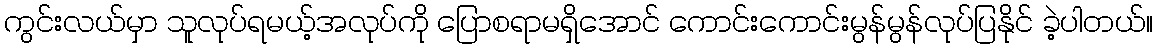
ကွင်းလယ်မှာ သူလုပ်ရမယ့်အလုပ်ကို ပြောစရာမရှိအောင် ကောင်းကောင်းမွန်မွန်လုပ်ပြနိုင် ခဲ့ပါတယ်။